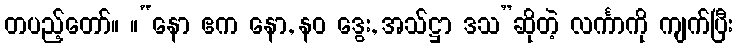
တပည့်တော်။ ။“နော ဧက နော, နဝ ဒွေး, အသ်ဋ္ဌာ ဒသ”ဆိုတဲ့ လင်္ကာကို ကျက်ပြီး